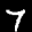
Label: 7